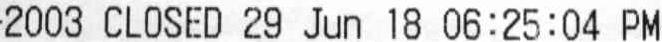
2003 CLOSED 29 JUN 18 06:25:04 PM